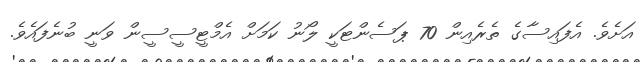
އަށެވެ. އެފައިސާގެ ތެރެއިން 70 ޕަސެންޓަކީ ލޯނު ކަމަށް އެމްޓީސީސީން ވަނީ ބުނެފައެވެ.